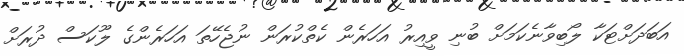
އަބަދަށްޓަކާ ލޯބިވާނެކަމަށް ބުނި ވީއިރު އަހަރެން ކެތްކުރަން ނުޖެހޭތަ އަހަރެންގެ ލޫކަސް ދުރަށް